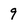
Character: 9